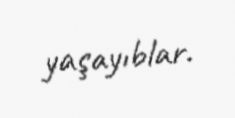
yaşayıblar.